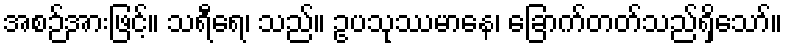
အစဉ်အားဖြင့်။ သရီရေ၊ သည်။ ဥပသုဿမာနေ၊ ခြောက်တတ်သည်ရှိသော်။